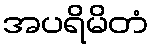
အပရိမိတံ